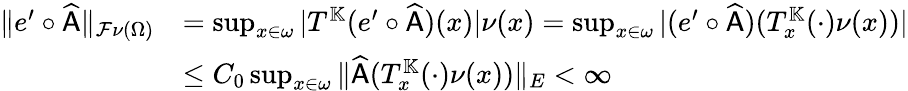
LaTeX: \begin{array}{rl}{\| e^{\prime}\circ\widehat{\mathsf{A}}\| _{\mathcal{F}\nu(\Omega)}}&{=\operatorname*{sup}_{x\in\omega}|T^{\mathbb{K}}(e^{\prime}\circ\widehat{\mathsf{A}})(x)|\nu(x)=\operatorname*{sup}_{x\in\omega}|(e^{\prime}\circ\widehat{\mathsf{A}})(T_{x}^{\mathbb{K}}(\cdot)\nu(x))|}\\ &{\leq C_{0}\operatorname*{sup}_{x\in\omega}\| \widehat{\mathsf{A}}(T_{x}^{\mathbb{K}}(\cdot)\nu(x))\| _{E}<\infty}\end{array}